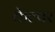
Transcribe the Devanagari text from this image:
केल्पर